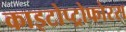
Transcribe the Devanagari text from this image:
काइटोप्ट्रोफोरस